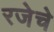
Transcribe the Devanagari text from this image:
रजेचे